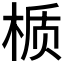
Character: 𬃊